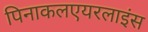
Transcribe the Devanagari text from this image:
पिनाकलएयरलाइंस